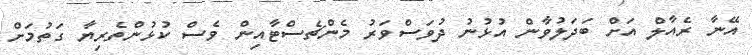
އޭނާ ރެއާލް އަށް ބަދަލުވާން އުޅުނު ދުވަސްވަރު މެންޗެސްޓާއިން ވެސް ކުޅުންތެރިޔާ ގަތުމަށް